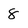
Character: 8